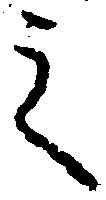
之